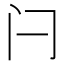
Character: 闩